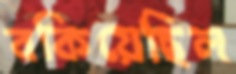
বকিয়েছিল